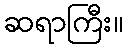
ဆရာကြီး။